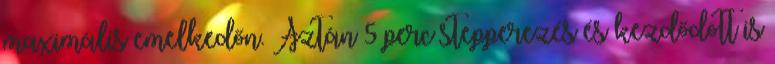
maximális emelkedőn. Aztán 5 perc stepperezés és kezdődött is